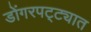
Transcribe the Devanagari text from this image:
डोंगरपट्ट्यात